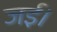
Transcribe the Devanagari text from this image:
जई।